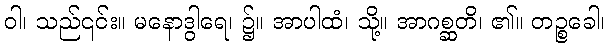
ဝါ၊ သည်၎င်း။ မနောဒွါရေ၊ ၌။ အာပါထံ၊ သို့။ အာဂစ္ဆတိ၊ ၏။ တဉ္စခေါ၊